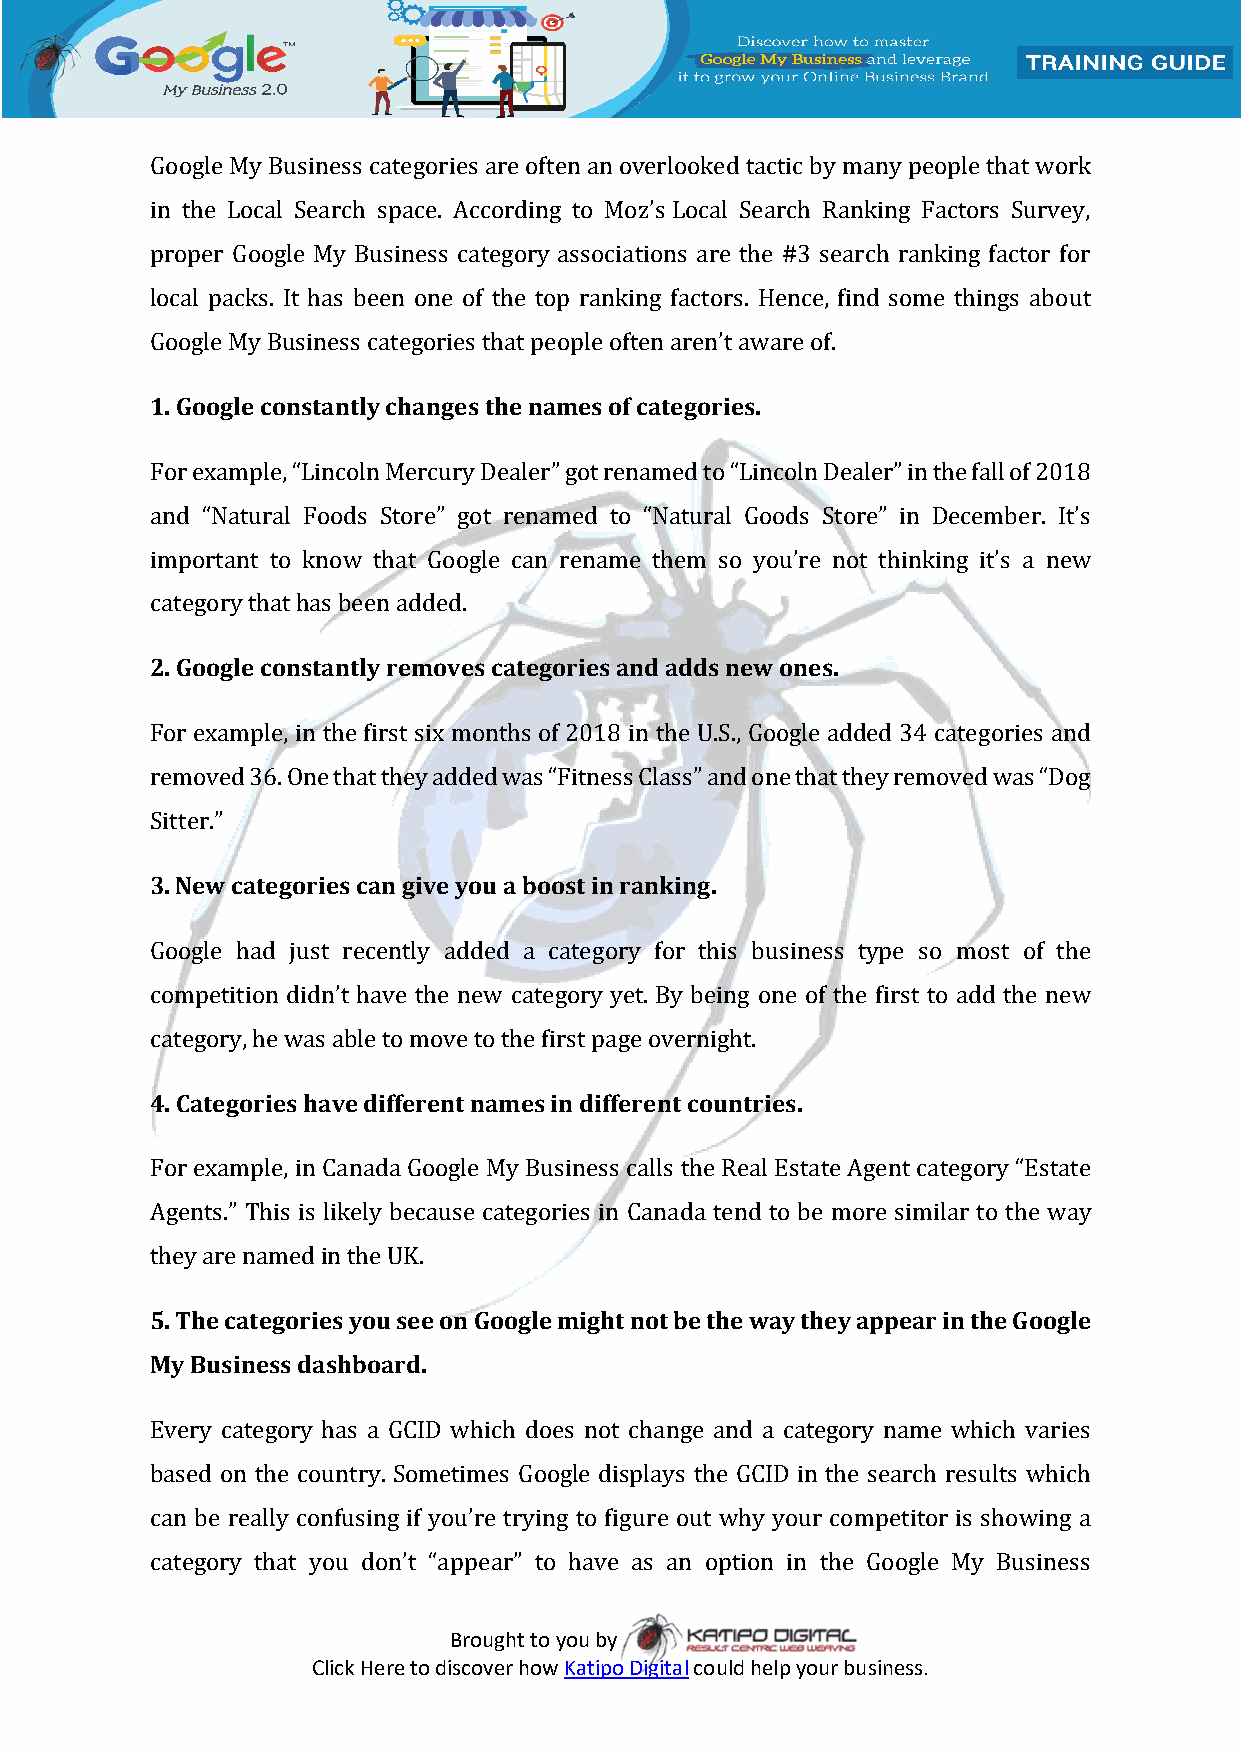
Google My Business categories are often an overlooked tactic by many people that work
 in the Local Search space. According to Moz’s Local Search Ranking Factors Survey,
 proper Google My Business category associations are the #3 search ranking factor for
 local packs. It has been one of the top ranking factors. Hence, find some things about
 Google My Business categories that people often aren’t aware of.
 1. Google constantly changes the names of categories.
 For example, “Lincoln Mercury Dealer” got renamed to “Lincoln Dealer” in the fall of 2018
 and “Natural Foods Store” got renamed to “Natural Goods Store” in December. It’s
 important to know that Google can rename them so you’re not thinking it’s a new
 category that has been added.
 2. Google constantly removes categories and adds new ones.
 For example, in the first six months of 2018 in the U.S., Google added 34 categories and
 removed 36. One that they added was “Fitness Class” and one that they removed was “Dog
 Sitter.”
 3. New categories can give you a boost in ranking.
 Google had just recently added a category for this business type so most of the
 competition didn’t have the new category yet. By being one of the first to add the new
 category, he was able to move to the first page overnight.
 4. Categories have different names in different countries.
 For example, in Canada Google My Business calls the Real Estate Agent category “Estate
 Agents.” This is likely because categories in Canada tend to be more similar to the way
 they are named in the UK.
 5. The categories you see on Google might not be the way they appear in the Google
 My Business dashboard.
 Every category has a GCID which does not change and a category name which varies
 based on the country. Sometimes Google displays the GCID in the search results which
 can be really confusing if you’re trying to figure out why your competitor is showing a
 category that you don’t “appear” to have as an option in the Google My Business
 Brought to you by
 Click Here to discover how Katipo Digital could help your business.